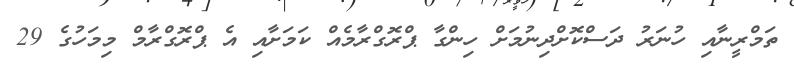
ތަމްރީނާއި ހުނަރު ދަސްކޮށްދިނުމަށް ހިންގާ ޕްރޮގްރާމެއް ކަމަށާއި އެ ޕްރޮގްރާމް މިމަހުގެ 29